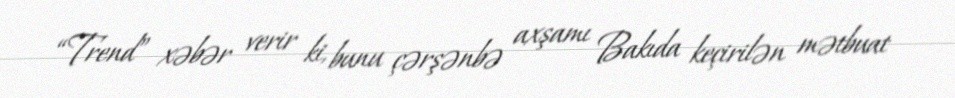
“Trend” xəbər verir ki, bunu çərşənbə axşamı Bakıda keçirilən mətbuat